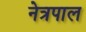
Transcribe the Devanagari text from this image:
नेत्रपाल